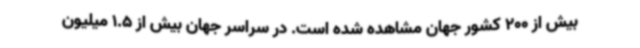
بیش از 200 کشور جهان مشاهده شده است. در سراسر جهان بیش از 1.5 میلیون